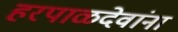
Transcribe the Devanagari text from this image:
हरपाळदेवांना